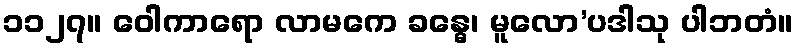
၁၁၂၇။ ဝေါကာရော လာမကေ ခန္ဓေ၊ မူလော’ပဒါသု ပါဘတံ။